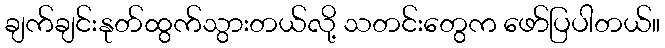
ချက်ချင်းနုတ်ထွက်သွားတယ်လို့ သတင်းတွေက ဖော်ပြပါတယ်။